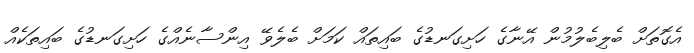
އެގޮތަށް ބެލިބެލުމުން އޭނާގެ ހަށިގަނޑުގެ ބައިތައް ކަމަށް ބެލެވޭ އިންސާނެއްގެ ހަށިގަނޑުގެ ބައިތަކެއް